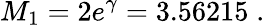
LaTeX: M_{1}=2e^{\gamma}=3.56215\; .